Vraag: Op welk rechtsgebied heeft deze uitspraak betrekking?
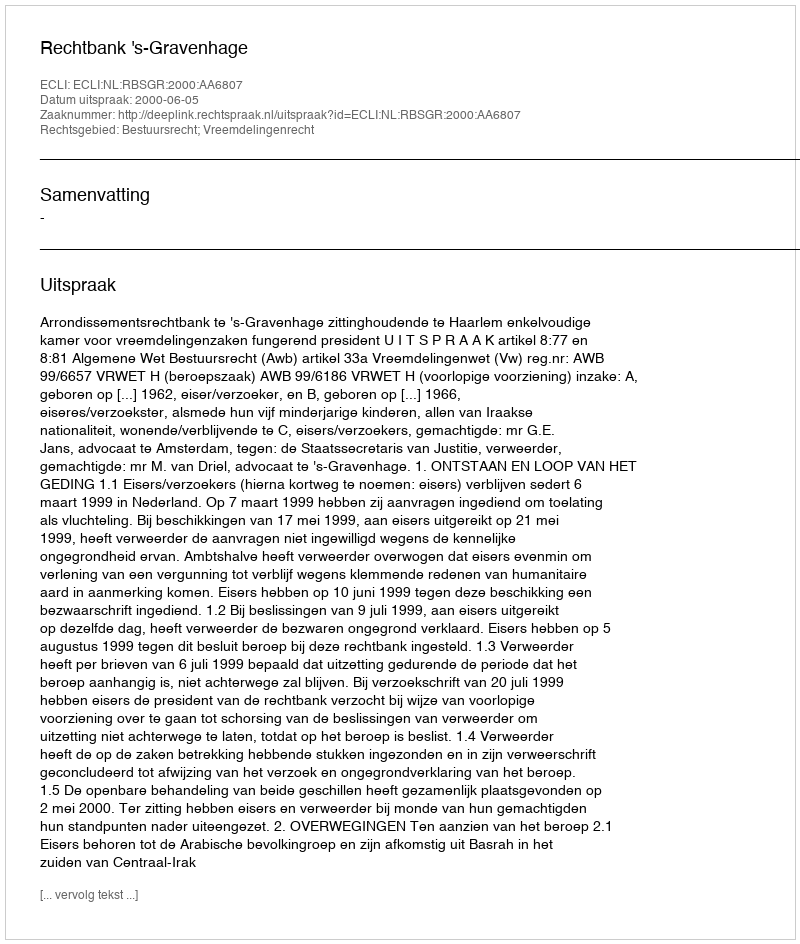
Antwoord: Bestuursrecht; Vreemdelingenrecht